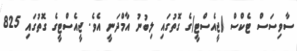
ސާވިސަސް ޓެކްސް (ޖީއެސްޓީ)ގެ ގޮތުގައި ލިބުނު އާމްދަނީ އެވެ. ޖީއެސްޓީގެ ގޮތުގައި 825